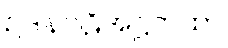
ဥဒါနပါဠိအဋ္ဌကထာ